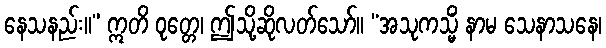
နေသနည်း။” ဣတိ ဝုတ္တေ၊ ဤသို့ဆိုလတ်သော်။ “အသုကသ္မိံ နာမ သေနာသနေ၊